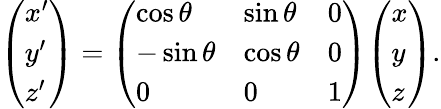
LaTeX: {\left(\begin{array}{l}{x^{\prime}}\\ {y^{\prime}}\\ {z^{\prime}}\end{array}\right)}={\left(\begin{array}{lll}{\cos\theta}&{\sin\theta}&{0}\\ {-\sin\theta}&{\cos\theta}&{0}\\ {0}&{0}&{1}\end{array}\right)}{\left(\begin{array}{l}{x}\\ {y}\\ {z}\end{array}\right)}.